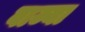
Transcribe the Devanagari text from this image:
वाज्या